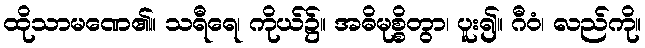
ထိုသာမဏေ၏။ သရီရေ၊ ကိုယ်၌။ အဓိမုစ္စိတွာ၊ ပူး၍။ ဂီဝံ၊ လည်ကို။